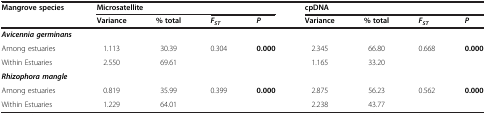
<table><thead><tr><td><b>Mangrove species</b></td><td><b>Microsatellite</b></td><td><b> </b></td><td><b> </b></td><td><b> </b></td><td><b>cpDNA</b></td><td><b> </b></td><td><b> </b></td><td><b> </b></td></tr><tr><td><b> </b></td><td><b>Variance</b></td><td><b>% total</b></td><td><b><i>F</i><sub><i>ST</i></sub></b></td><td><b><i>P</i></b></td><td><b>Variance</b></td><td><b>% total</b></td><td><b><i>F</i><sub><i>ST</i></sub></b></td><td><b><i>P</i></b></td></tr></thead><tbody><tr><td colspan="2"><b><i>Avicennia germinans</i></b></td><td> </td><td> </td><td> </td><td> </td><td> </td><td> </td><td> </td></tr><tr><td>Among estuaries</td><td>1.113</td><td>30.39</td><td>0.304</td><td><b>0.000</b></td><td>2.345</td><td>66.80</td><td>0.668</td><td><b>0.000</b></td></tr><tr><td>Within Estuaries</td><td>2.550</td><td>69.61</td><td> </td><td> </td><td>1.165</td><td>33.20</td><td> </td><td> </td></tr><tr><td><b><i>Rhizophora mangle</i></b></td><td> </td><td> </td><td> </td><td> </td><td> </td><td> </td><td> </td><td> </td></tr><tr><td>Among estuaries</td><td>0.819</td><td>35.99</td><td>0.399</td><td><b>0.000</b></td><td>2.875</td><td>56.23</td><td>0.562</td><td><b>0.000</b></td></tr><tr><td>Within Estuaries</td><td>1.229</td><td>64.01</td><td> </td><td> </td><td>2.238</td><td>43.77</td><td> </td><td> </td></tr></tbody></table>